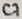
Text: C7